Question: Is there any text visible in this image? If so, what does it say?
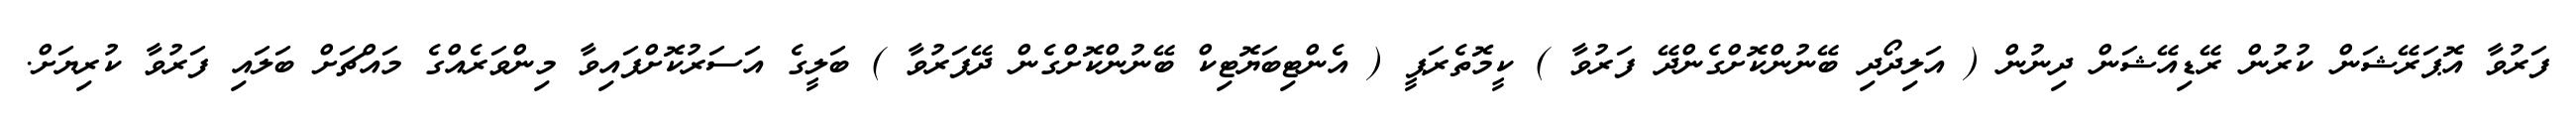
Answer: ފަރުވާ އޮޕަރޭޝަން ކުރުން ރޭޑިއޭޝަން ދިނުން ( އަލިދޯދި ބޭނުންކޮށްގެންދޭ ފަރުވާ ) ކީމޮތެރަޕީ ( އެންޓިބަޔޮޓިކް ބޭނުންކޮށްގެން ދޭފަރުވާ ) ބަލީގެ އަސަރުކޮށްފައިވާ މިންވަރެއްގެ މައްޗަށް ބަލައި ފަރުވާ ކުރިޔަށް.